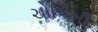
ચોકિમી